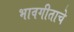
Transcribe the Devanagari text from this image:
भावगीताचे